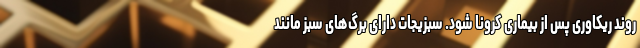
روند ریکاوری پس از بیماری کرونا شود. سبزیجات دارای برگ‌های سبز مانند